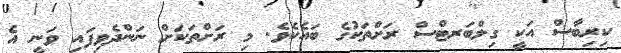
ކިރިބާސް އަކީ ގިލްބަރޓްސް ރަށްތަކުގެ ބައެކެވެ. މި ރަށްތަކަށް ނަންދެވިފައި ވަނީ އެ